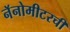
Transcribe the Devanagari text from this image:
नॅनोमीटरची